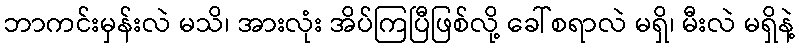
ဘာကင်းမှန်းလဲ မသိ၊ အားလုံး အိပ်ကြပြီဖြစ်လို့ ခေါ်စရာလဲ မရှိ၊ မီးလဲ မရှိနဲ့